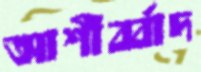
আশীর্ব্বাদ